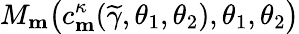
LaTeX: M_{\mathbf{m}}\big(c_{\mathbf{m}}^{\kappa}(\widetilde{\gamma},\theta_{1},\theta_{2}),\theta_{1},\theta_{2}\big)